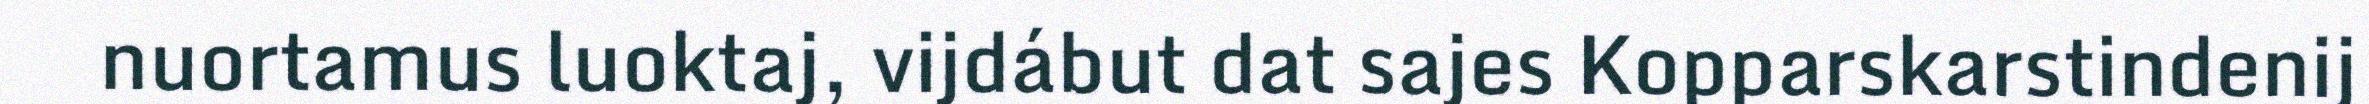
nuortamus luoktaj, vijdábut dat sajes Kopparskarstindenij